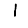
Digit: 1